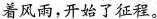
着风雨，开始了征程。